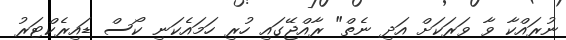
ނުރައްކާ ވާ ވަރަކަށް އަދި ނެތް" ރާއްޖޭގައި ހުރި ހަމައެކަނި ކޯސް ޑައިރެކްޓަރު